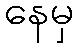
နေမှ